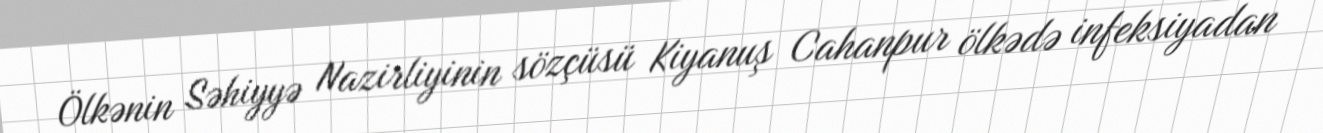
Ölkənin Səhiyyə Nazirliyinin sözçüsü Kiyanuş Cahanpur ölkədə infeksiyadan